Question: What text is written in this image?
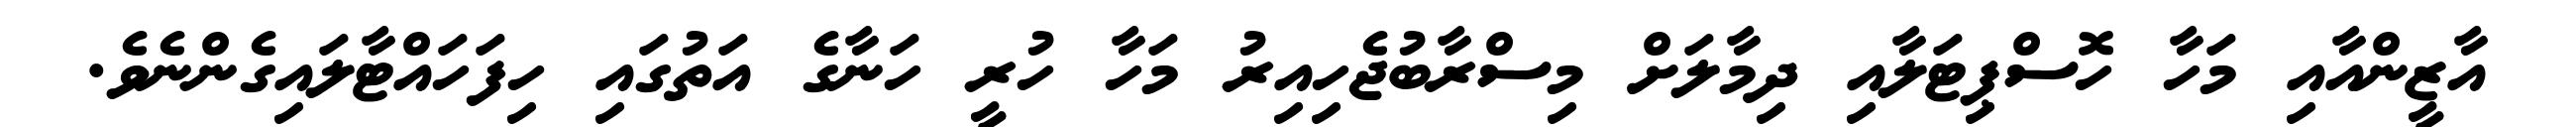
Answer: އާޒީންއާއި މަހާ ހޮސްޕިޓަލާއި ދިމާލަށް މިސްރާބުޖެހިއިރު މަހާ ހުރީ ހަނާގެ އަތުގައި ހިފަހައްޓާލައިގެންނެވެ.